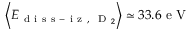
\left\langle E _ { \mathrm { ~ d ~ i ~ s ~ s ~ - ~ i ~ z ~ , ~ } \mathrm { ~ D ~ } _ { 2 } } \right\rangle \simeq 3 3 . 6 \mathrm { ~ e ~ V ~ }